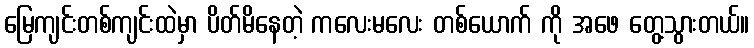
မြေကျင်းတစ်ကျင်းထဲမှာ ပိတ်မိနေတဲ့ ကလေးမလေး တစ်ယောက် ကို အဖေ တွေ့သွားတယ်။